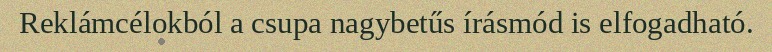
Reklámcélokból a csupa nagybetűs írásmód is elfogadható.